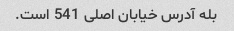
بله آدرس خیابان اصلی 541 است.